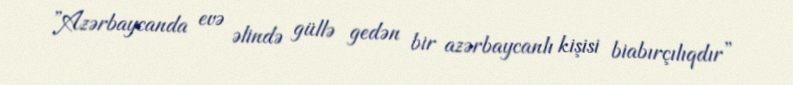
”Azərbaycanda evə əlində güllə gedən bir azərbaycanlı kişisi biabırçılıqdır”